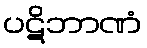
ပဋိဘာဏံ